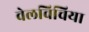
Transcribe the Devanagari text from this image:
वेलविचिया